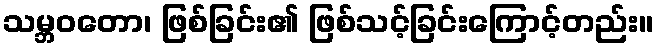
သမ္ဘဝတော၊ ဖြစ်ခြင်း၏ ဖြစ်သင့်ခြင်းကြောင့်တည်း။